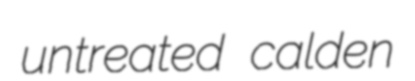
untreated calden